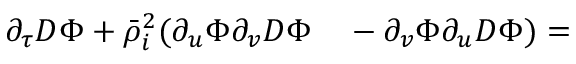
\begin{array} { r l } { \partial _ { \tau } D \Phi + \bar { \rho } _ { i } ^ { 2 } ( \partial _ { u } \Phi \partial _ { v } D \Phi } & { { } - \partial _ { v } \Phi \partial _ { u } D \Phi ) = } \end{array}